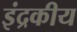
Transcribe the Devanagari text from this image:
इंद्रकीय